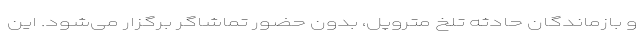
و بازماندگان حادثه تلخ متروپل، بدون حضور تماشاگر برگزار می‌شود. این